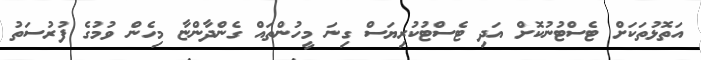
އަތޮޅުތަކަށް ޓެސްޓުނުކޮށް އަދި ޓެސްޓުކުރިޔަސް ގިނަ މީހުންތައް ގެންދާންޏާ މިހެން ވުމުގެ ފުރުސަތު